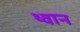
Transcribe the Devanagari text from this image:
थ्वान